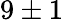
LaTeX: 9\pm 1